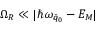
\Omega _ { R } \ll | \hbar \omega _ { \bar { q } _ { 0 } } - E _ { M } |